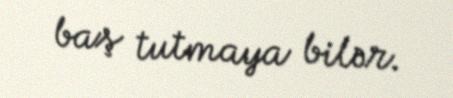
baş tutmaya bilər.